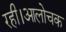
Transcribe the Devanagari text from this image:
रही।आलोचक